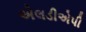
એલડીએપી